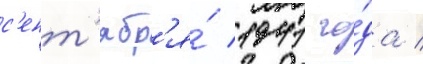
с'ент'ябр'я́ 1941 го́да /